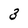
Character: 3